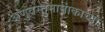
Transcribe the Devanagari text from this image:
अणुवस्तुमानांकाच्या